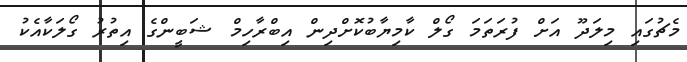
މެޗުގައި މިލަދޫ އަށް ފުރަތަމަ ގޯލް ކާމިޔާބުކޮށްދިން އިބްރާހިމް ޝަބީންގެ އިތުރު ގޯލަކާއެކު